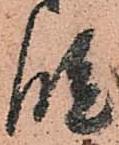
段